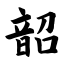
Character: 韶